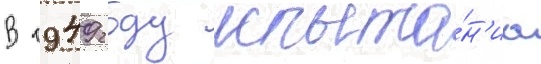
В 1949 году испыта́н'иа